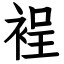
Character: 裎